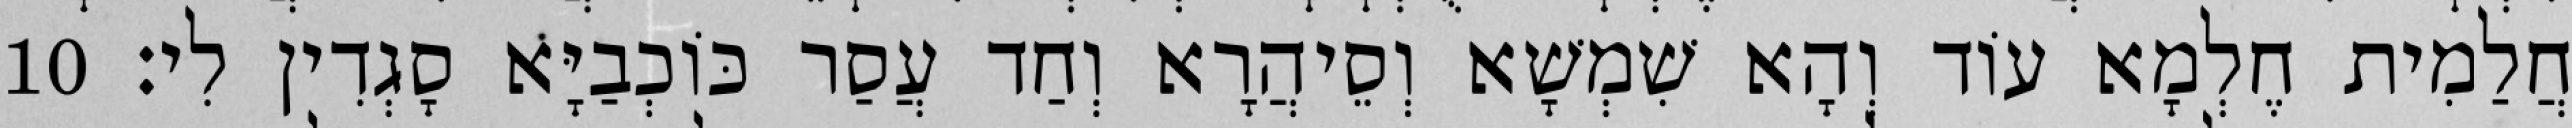
חֲלַמִית חֶלְמָא עוֹד וְהָא שִׁמְשָׁא וְסֵיהֲרָא וְחַד עֲסַר כּוֹכְבַיָּא סָגְדִין לִי׃ 10